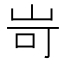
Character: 岢